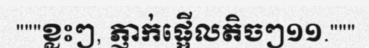
"""ខ្លះៗ, ភ្ញាក់ផ្អើលតិចៗ១១."""